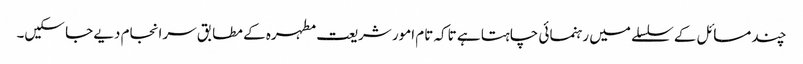
چند مسائل کے سلسلے میں رہنمائی چاہتا ہے تاکہ تام امور شریعت مطہرہ کے مطابق سرانجام دیے جا سکیں۔